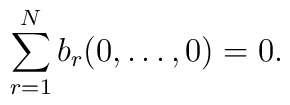
\sum_{r=1}^{N} b_{r}(0,\ldots,0)=0.